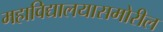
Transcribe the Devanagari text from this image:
महाविद्यालयासमोरील